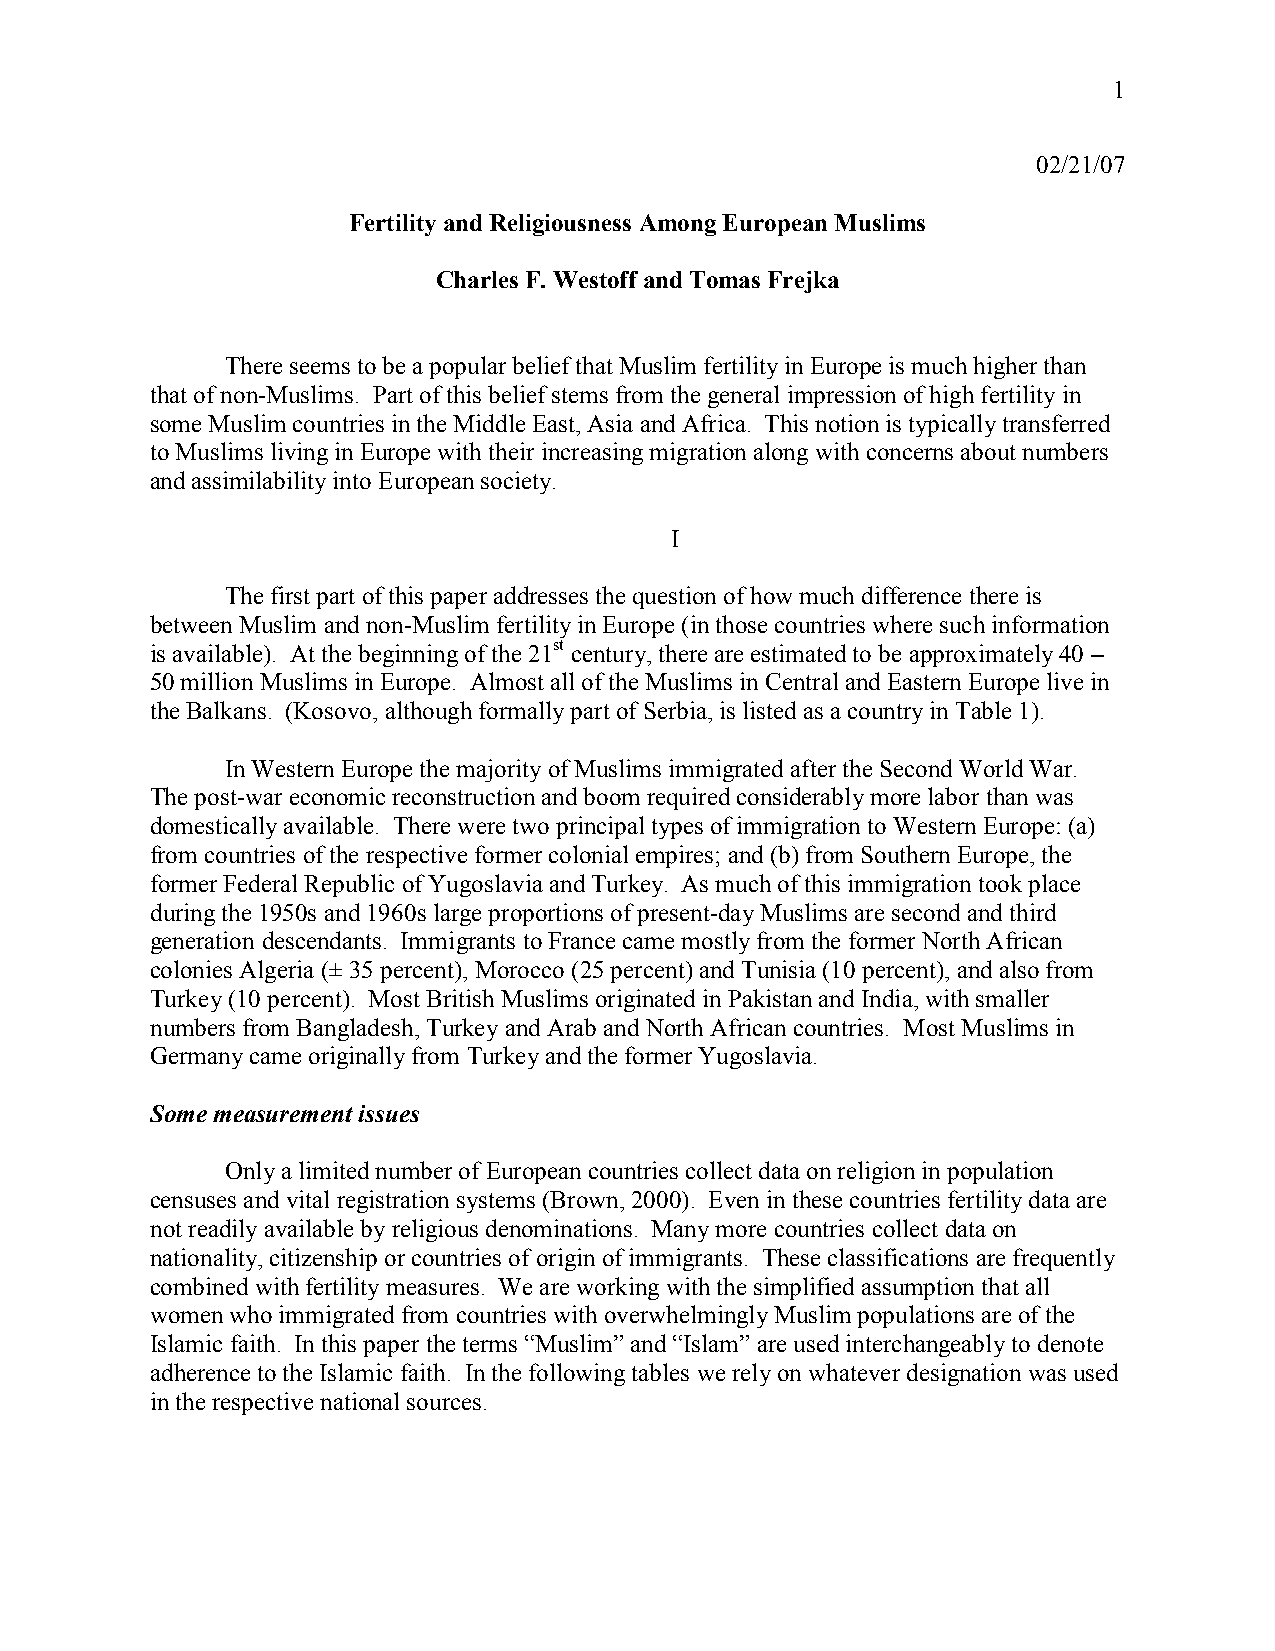
1
 02/21/07
 Fertility and Religiousness Among European Muslims
 Charles F. Westoff and Tomas Frejka
 There seems to be a popular belief that Muslim fertility in Europe is much higher than
 that of non-Muslims. Part of this belief stems from the general impression of high fertility in
 some Muslim countries in the Middle East, Asia and Africa. This notion is typically transferred
 to Muslims living in Europe with their increasing migration along with concerns about numbers
 and assimilability into European society.
 I
 The first part of this paper addresses the question of how much difference there is
 between Muslim and non-Muslim fertility in Europe (in those countries where such information
 is available). At the beginning of the 21st century, there are estimated to be approximately 40 –
 50 million Muslims in Europe. Almost all of the Muslims in Central and Eastern Europe live in
 the Balkans. (Kosovo, although formally part of Serbia, is listed as a country in Table 1).
 In Western Europe the majority of Muslims immigrated after the Second World War.
 The post-war economic reconstruction and boom required considerably more labor than was
 domestically available. There were two principal types of immigration to Western Europe: (a)
 from countries of the respective former colonial empires; and (b) from Southern Europe, the
 former Federal Republic of Yugoslavia and Turkey. As much of this immigration took place
 during the 1950s and 1960s large proportions of present-day Muslims are second and third
 generation descendants. Immigrants to France came mostly from the former North African
 colonies Algeria (± 35 percent), Morocco (25 percent) and Tunisia (10 percent), and also from
 Turkey (10 percent). Most British Muslims originated in Pakistan and India, with smaller
 numbers from Bangladesh, Turkey and Arab and North African countries. Most Muslims in
 Germany came originally from Turkey and the former Yugoslavia.
 Some measurement issues
 Only a limited number of European countries collect data on religion in population
 censuses and vital registration systems (Brown, 2000). Even in these countries fertility data are
 not readily available by religious denominations. Many more countries collect data on
 nationality, citizenship or countries of origin of immigrants. These classifications are frequently
 combined with fertility measures. We are working with the simplified assumption that all
 women who immigrated from countries with overwhelmingly Muslim populations are of the
 Islamic faith. In this paper the terms “Muslim” and “Islam” are used interchangeably to denote
 adherence to the Islamic faith. In the following tables we rely on whatever designation was used
 in the respective national sources.